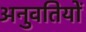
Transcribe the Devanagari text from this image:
अनुवतियों